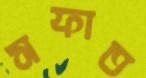
সফাত